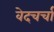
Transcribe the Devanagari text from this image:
वेदचर्चा